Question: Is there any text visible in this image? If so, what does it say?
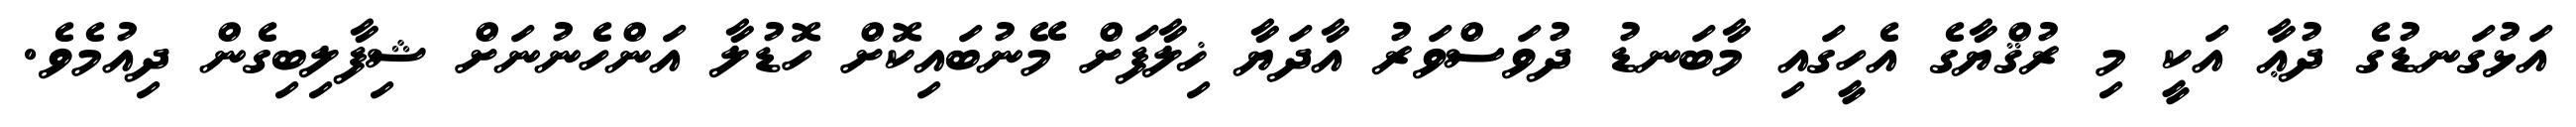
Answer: އަޅުގަނޑުގެ ދުޢާ އަކީ މި ރުޤްޔާގެ އެހީގައި މާބަނޑު ދުވަސްވަރު އާދަޔާ ޚިލާފަށް މޭނުބައިކޮށް ހޮޑުލާ އަންހެނުނަށް ޝިފާލިބިގެން ދިއުމެވެ.